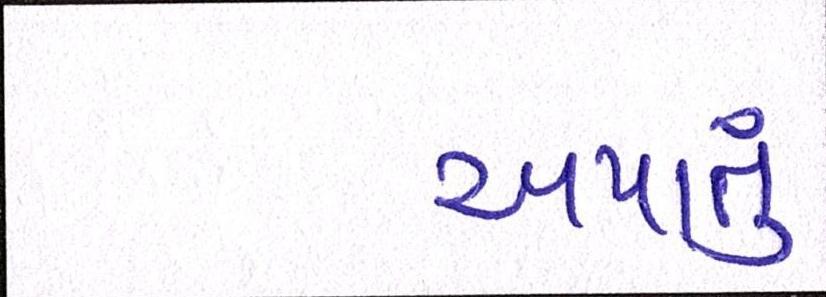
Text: અપાતું